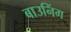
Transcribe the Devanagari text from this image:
बाउनिंग